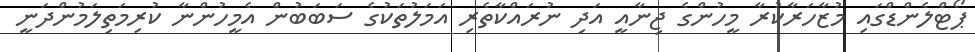
ޕޯޓްލެންޑްގައި މުޒާހަރާކުރާ މީހުންގެ ޖިނާއީ އަދި ނުރައްކާތެރި އަމަލުތަކުގެ ސަބަބުން އެމީހުންނާ ކުރިމަތިލަމުންދަނީ